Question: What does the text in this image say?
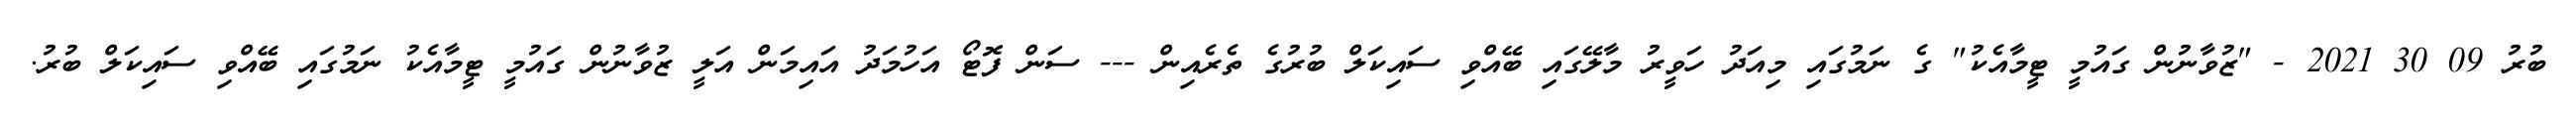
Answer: ބުރު 09 30 2021 - "ޒުވާނުން ގައުމީ ޓީމާއެކު" ގެ ނަމުގައި މިއަދު ހަވީރު މާލޭގައި ބޭއްވި ސައިކަލް ބުރުގެ ތެރެއިން --- ސަން ފޮޓޯ އަހުމަދު އައިމަން އަލީ ޒުވާނުން ގައުމީ ޓީމާއެކު ނަމުގައި ބޭއްވި ސައިކަލް ބުރު.